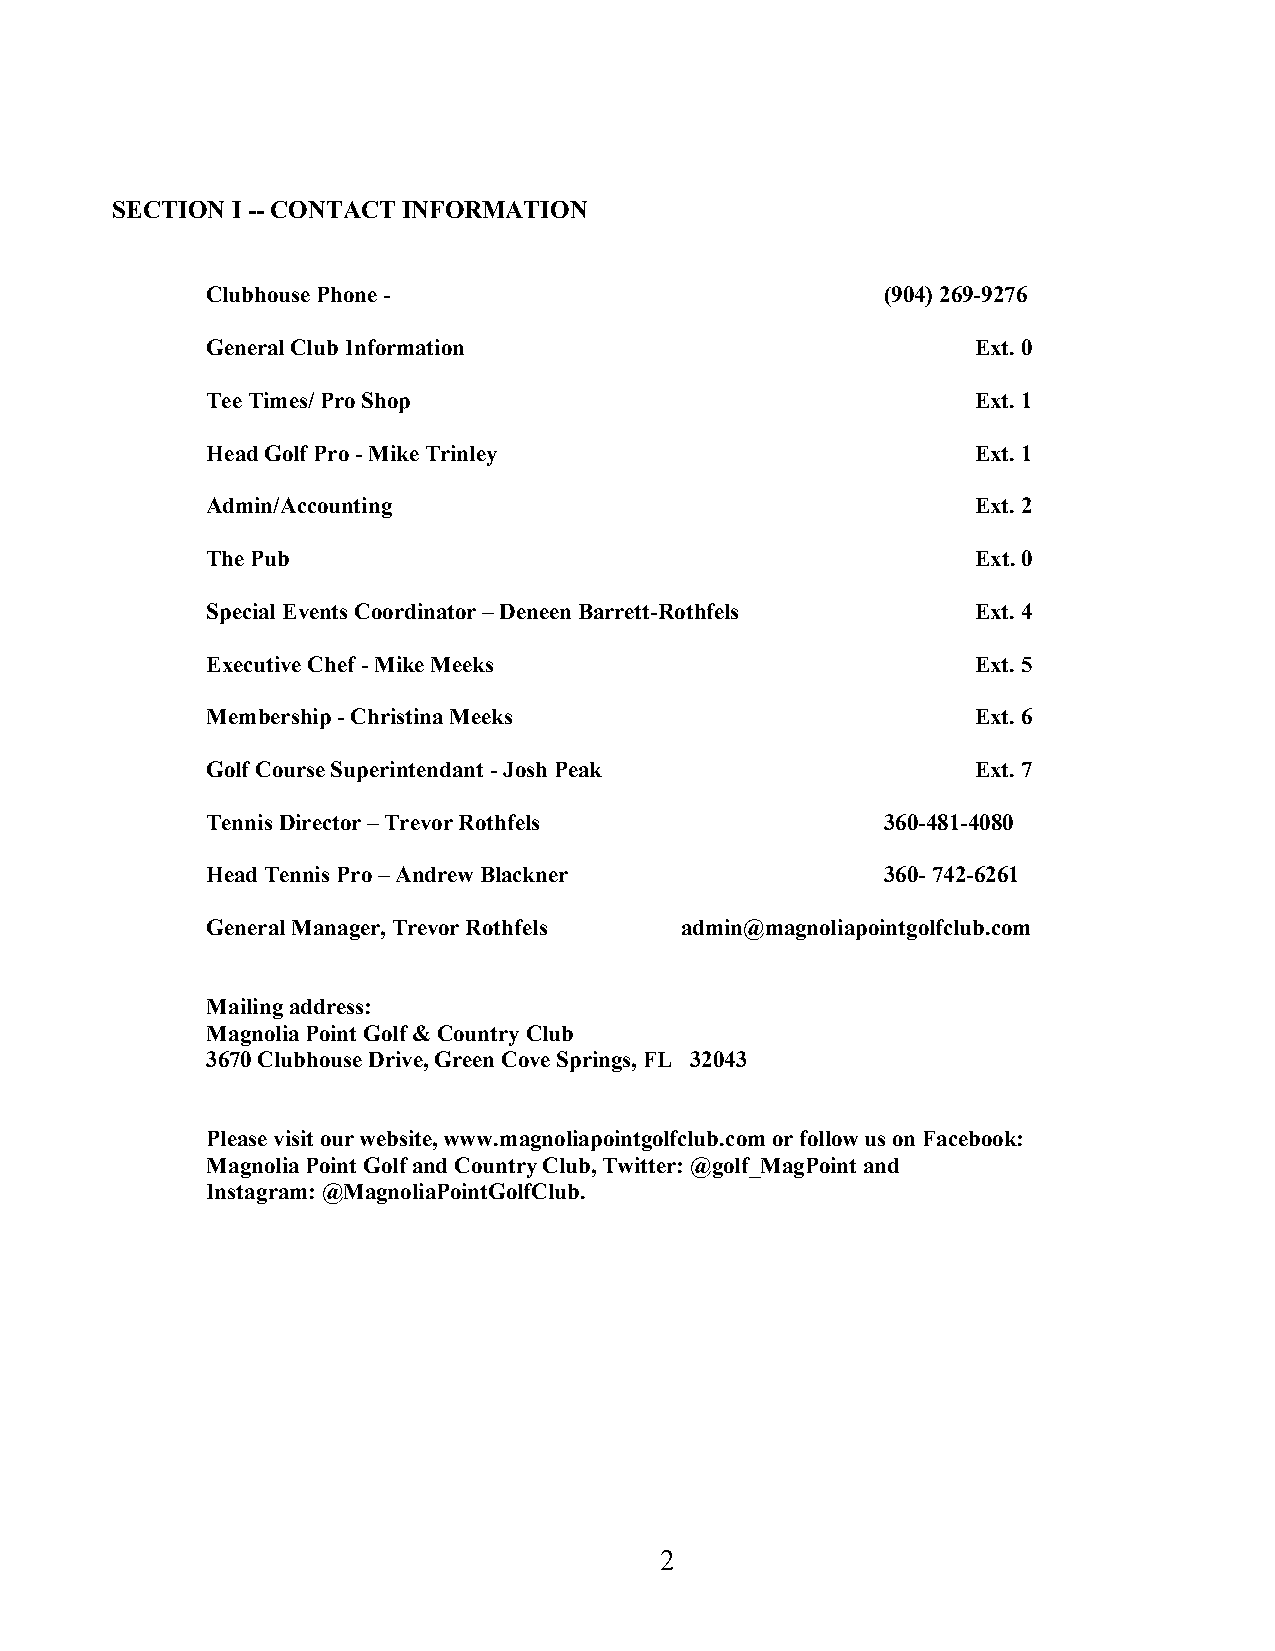
SECTION I -- CONTACT INFORMATION
 Clubhouse Phone -                            (904) 269-9276
 General Club Information                           Ext. 0
 Tee Times/ Pro Shop                                Ext. 1
 Head Golf Pro - Mike Trinley                       Ext. 1
 Admin/Accounting                                   Ext. 2
 The Pub                                            Ext. 0
 Special Events Coordinator – Deneen Barrett-Rothfels Ext. 4
 Executive Chef - Mike Meeks                        Ext. 5
 Membership - Christina Meeks                       Ext. 6
 Golf Course Superintendant - Josh Peak             Ext. 7
 Tennis Director – Trevor Rothfels            360-481-4080
 Head Tennis Pro – Andrew Blackner            360- 742-6261
 General Manager, Trevor Rothfels admin@magnoliapointgolfclub.com
 Mailing address:
 Magnolia Point Golf & Country Club
 3670 Clubhouse Drive, Green Cove Springs, FL 32043
 Please visit our website, www.magnoliapointgolfclub.com or follow us on Facebook:
 Magnolia Point Golf and Country Club, Twitter: @golf_MagPoint and
 Instagram: @MagnoliaPointGolfClub.
 2